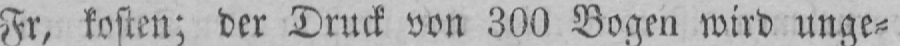
Fr, kosten; der Druck von 300 Bogen wird unge⸗